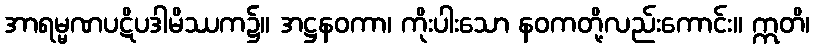
အာရမ္မဏပဋိပဒါမိဿက၌။ အဋ္ဌနဝကာ၊ ကိုးပါးသော နဝကတို့လည်းကောင်း။ ဣတိ၊